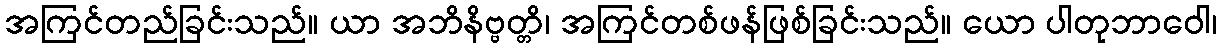
အကြင်တည်ခြင်းသည်။ ယာ အဘိနိဗ္ဗတ္တိ၊ အကြင်တစ်ဖန်ဖြစ်ခြင်းသည်။ ယော ပါတုဘာဝေါ၊